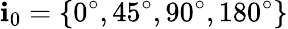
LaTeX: \mathbf{i}_{0}=\{ 0^{\circ},45^{\circ},90^{\circ},180^{\circ}\}